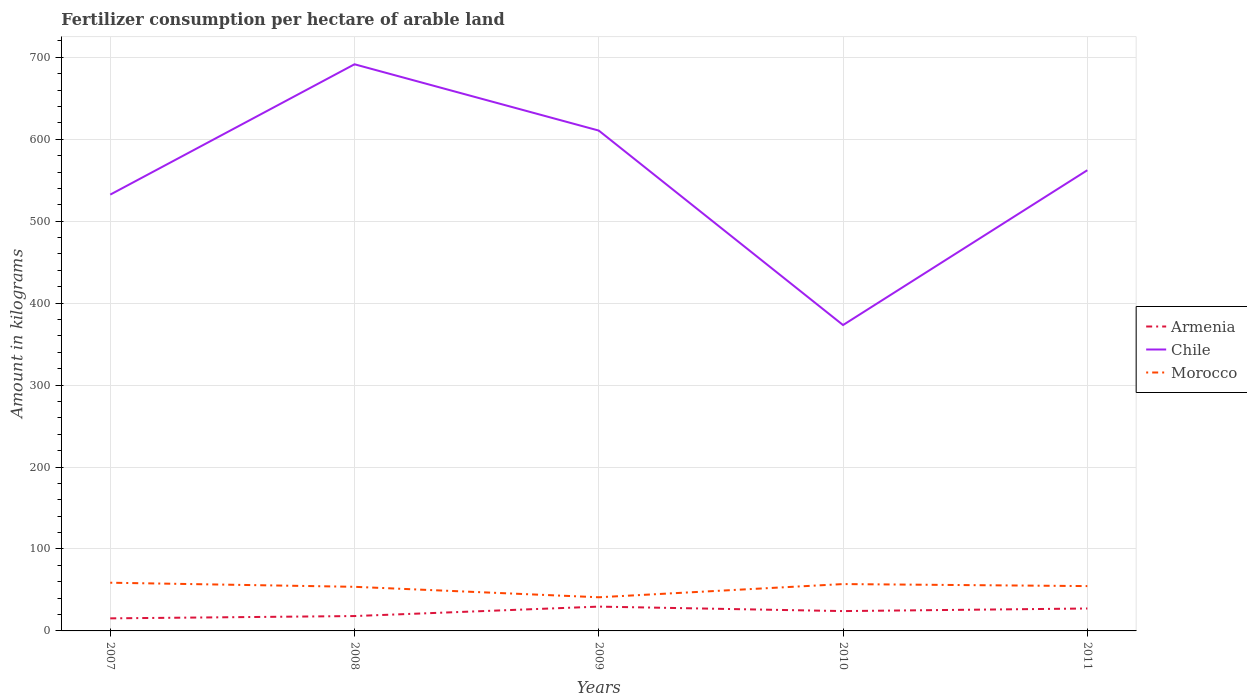
| Years | Armenia | Chile | Morocco |
 | --- | --- | --- | --- |
 | 2007 | 15.3 | 532 | 58.8 |
 | 2008 | 18.2 | 691 | 53.8 |
 | 2009 | 29.7 | 611 | 41.1 |
 | 2010 | 24.2 | 373 | 57.2 |
 | 2011 | 27.4 | 562 | 54.7 |